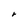
Character: r